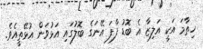
ހިތާމަ އަކީ އަލިޒާ އެ ބޮޑު ފާފަ އޭނަގެ ބޮލުގައި އަޅުވަން އުޅޭތީއެވެ.